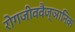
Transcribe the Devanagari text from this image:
रोगजीववैज्ञानिक